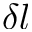
\delta l